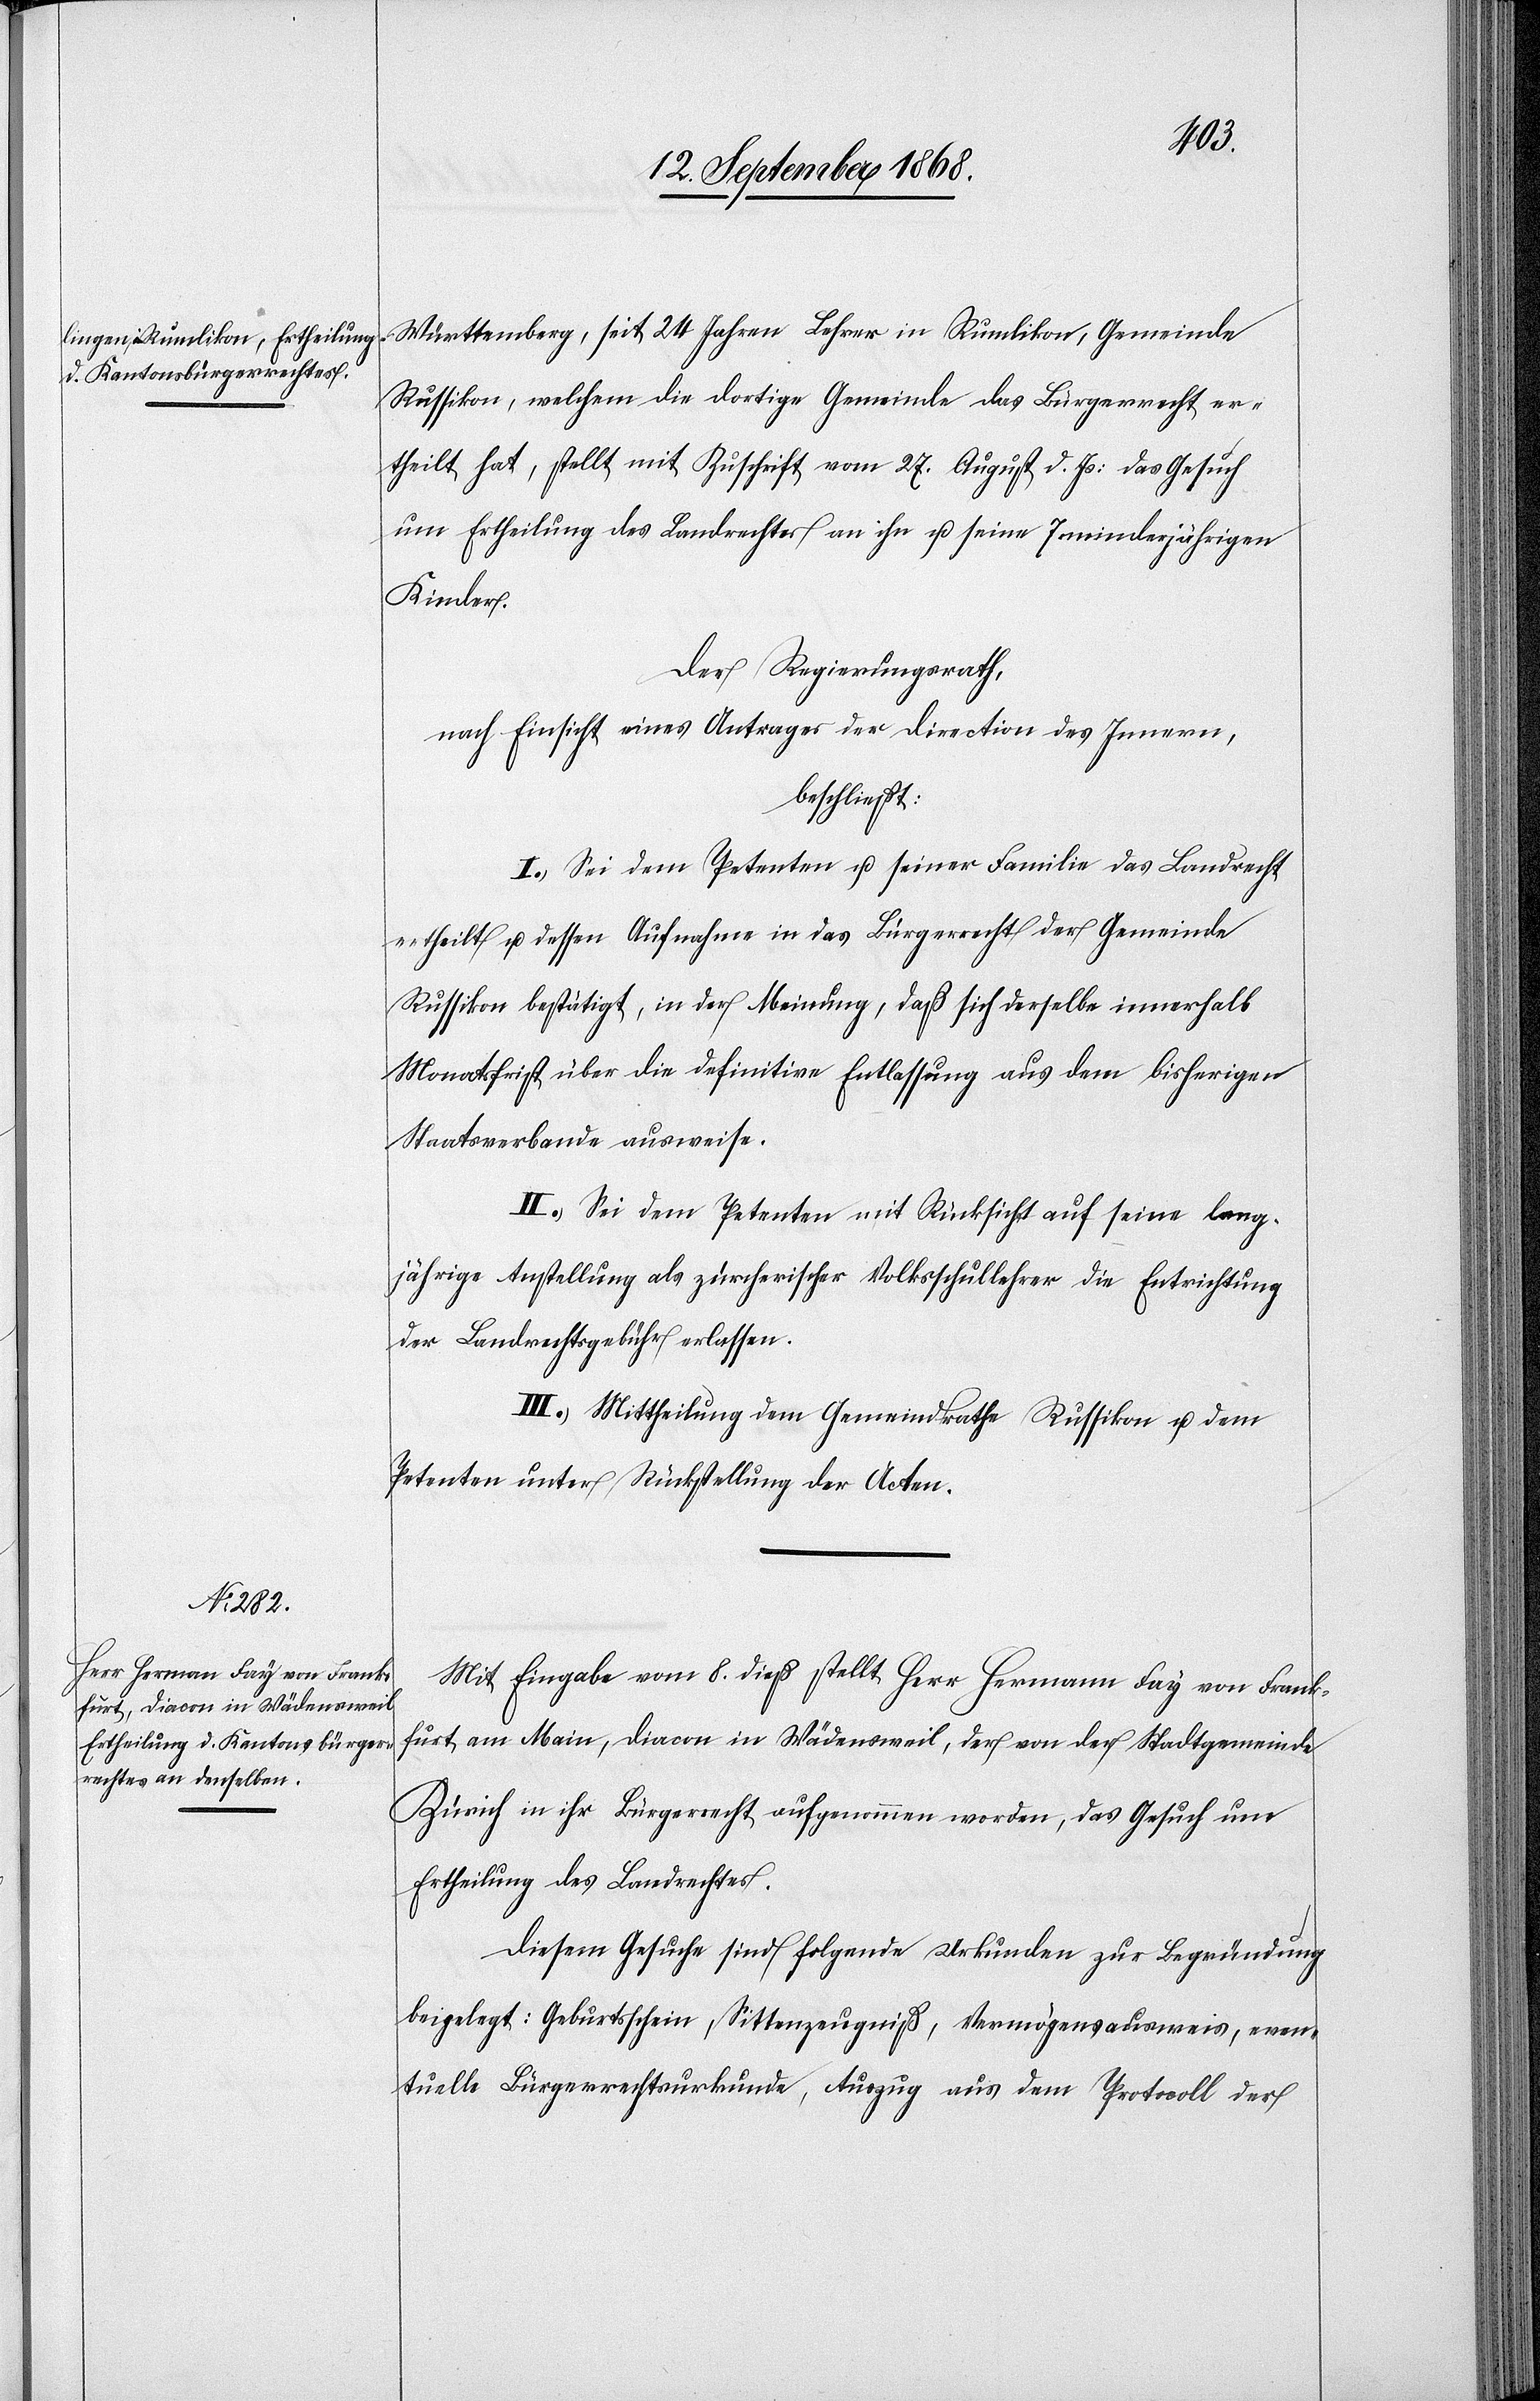
Württemberg, seit 24 Jahren Lehrer in Rumlikon, Gemeinde
Russikon, welchem die dortige Gemeinde das Bürgerrecht er¬
theilt hat, stellt mit Zuschrift vom 27. August d. Js: das Gesuch
um Ertheilung des Landrechtes an ihn u. seine 7 minderjährigen
Kinder.
Der Regierungsrath,
nach Einsicht eines Antrages der Direction des Innern,
beschließt:
I.) Sei dem Petenten u. seiner Familie das Landrecht
ertheilt u. dessen Aufnahme in das Bürgerrecht der Gemeinde
Russikon bestätigt, in der Meinung, daß sich derselbe innerhalb
Monatsfrist über die definitive Entlassung aus dem bisherigen
Staatsverbande ausweise.
II.) Sei dem Petenten mit Rücksicht auf seine lang¬
jährige Anstellung als zürcherischer Volksschullehrer die Entrichtung
der Landrechtsgebühr erlassen.
III.) Mittheilung dem Gemeindrathe Russikon u. dem
Petenten unter Rückstellung der Acten.
Mit Eingabe vom 8. dieß stellt Herr Hermann [sic!] Fay von Frank¬
furt am Main, Diacon in Wädensweil, der von der Stadtgemeinde
Zürich in ihr Bürgerrecht aufgenommen worden, das Gesuch um
Ertheilung des Landrechtes.
Diesem Gesuche sind folgende Urkunden zur Begründung
beigelegt: Geburtsschein, Sittenzeugniß, Vermögensausweis, even¬
tuelle Bürgerrechtsurkunde, Auszug aus dem Protocoll der